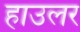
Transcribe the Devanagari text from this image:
हाउलर